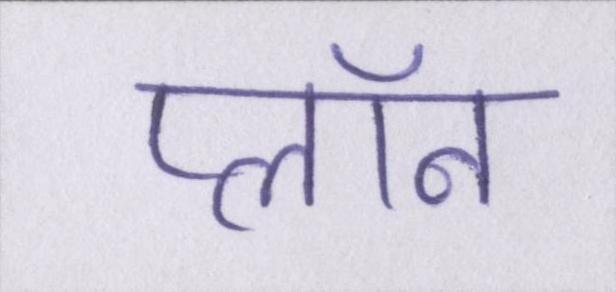
प्लॉन